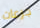
جرعات